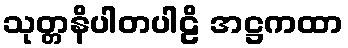
သုတ္တနိပါတပါဠိ အဋ္ဌကထာ